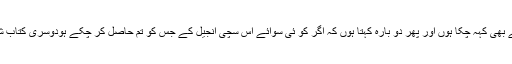
یہ میں پہلے بھی کہہ چکا ہوں اور پھر دو بارہ کہتا ہوں کہ اگر کو ئی سوائے اس سچی انجیل کے جس کو تم حاصل کر چکے ہودُوسری کتاب شائع کرے ۔